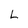
Character: L